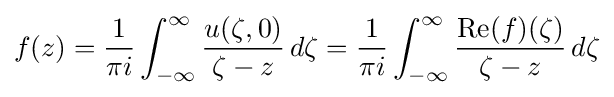
f(z)={\frac {1}{\pi i}}\int _{-\infty }^{\infty }{\frac {u(\zeta ,0)}{\zeta -z}}\,d\zeta ={\frac {1}{\pi i}}\int _{-\infty }^{\infty }{\frac {\operatorname {Re} (f)(\zeta )}{\zeta -z}}\,d\zeta